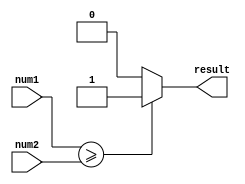
module comparator (
    input [7:0] num1,
    input [7:0] num2,
    output reg result
);

always @* begin
    if (num1 >= num2) begin
        result = 1;
    end else begin
        result = 0;
    end
end

endmodule